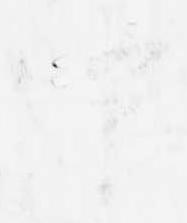
事